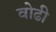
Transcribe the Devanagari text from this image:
वोढी